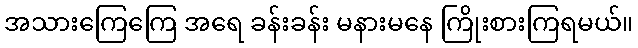
အသားကြေကြေ အရေ ခန်းခန်း မနားမနေ ကြိုးစားကြရမယ်။